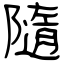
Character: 隨